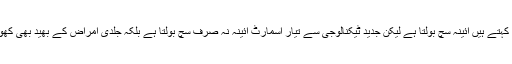
تائیوان: کہتے ہیں آئینہ سچ بولتا ہے لیکن جدید ٹیکنالوجی سے تیار اسمارٹ آئینہ نہ صرف سچ بولتا ہے بلکہ جلدی امراض کے بھید بھی کھولتا ہے۔